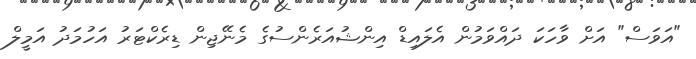
"އަވަސް" އަށް ވާހަކަ ދައްވަމުން އެލައިޑް އިންޝުއަރެންސުގެ މެނޭޖިން ޑިރެކްޓަރު އަހުމަދު އަމީލް